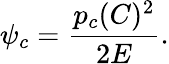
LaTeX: \psi_{c}=\frac{p_{c}(C)^{2}}{2E}.